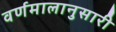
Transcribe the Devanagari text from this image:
वर्णमालानुसारी